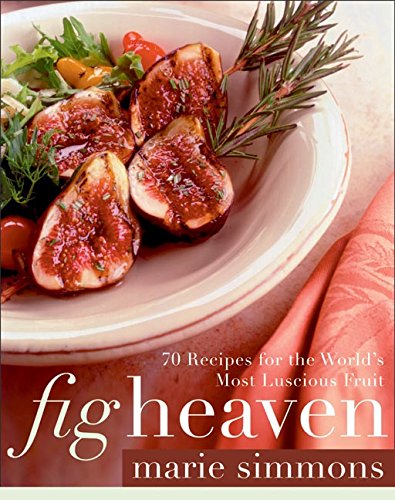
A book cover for Fig Heaven: 70 Recipes for the World's Most Luscious Fruit; Marie Simmons; Cookbooks, Food & Wine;